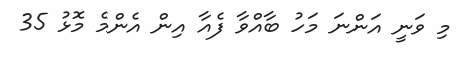
މި ވަނީ އަންނަ މަހު ބާއްވާ ފެއާ އިން އެންމެ މޮޅު 35